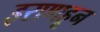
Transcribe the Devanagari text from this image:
इराणहून